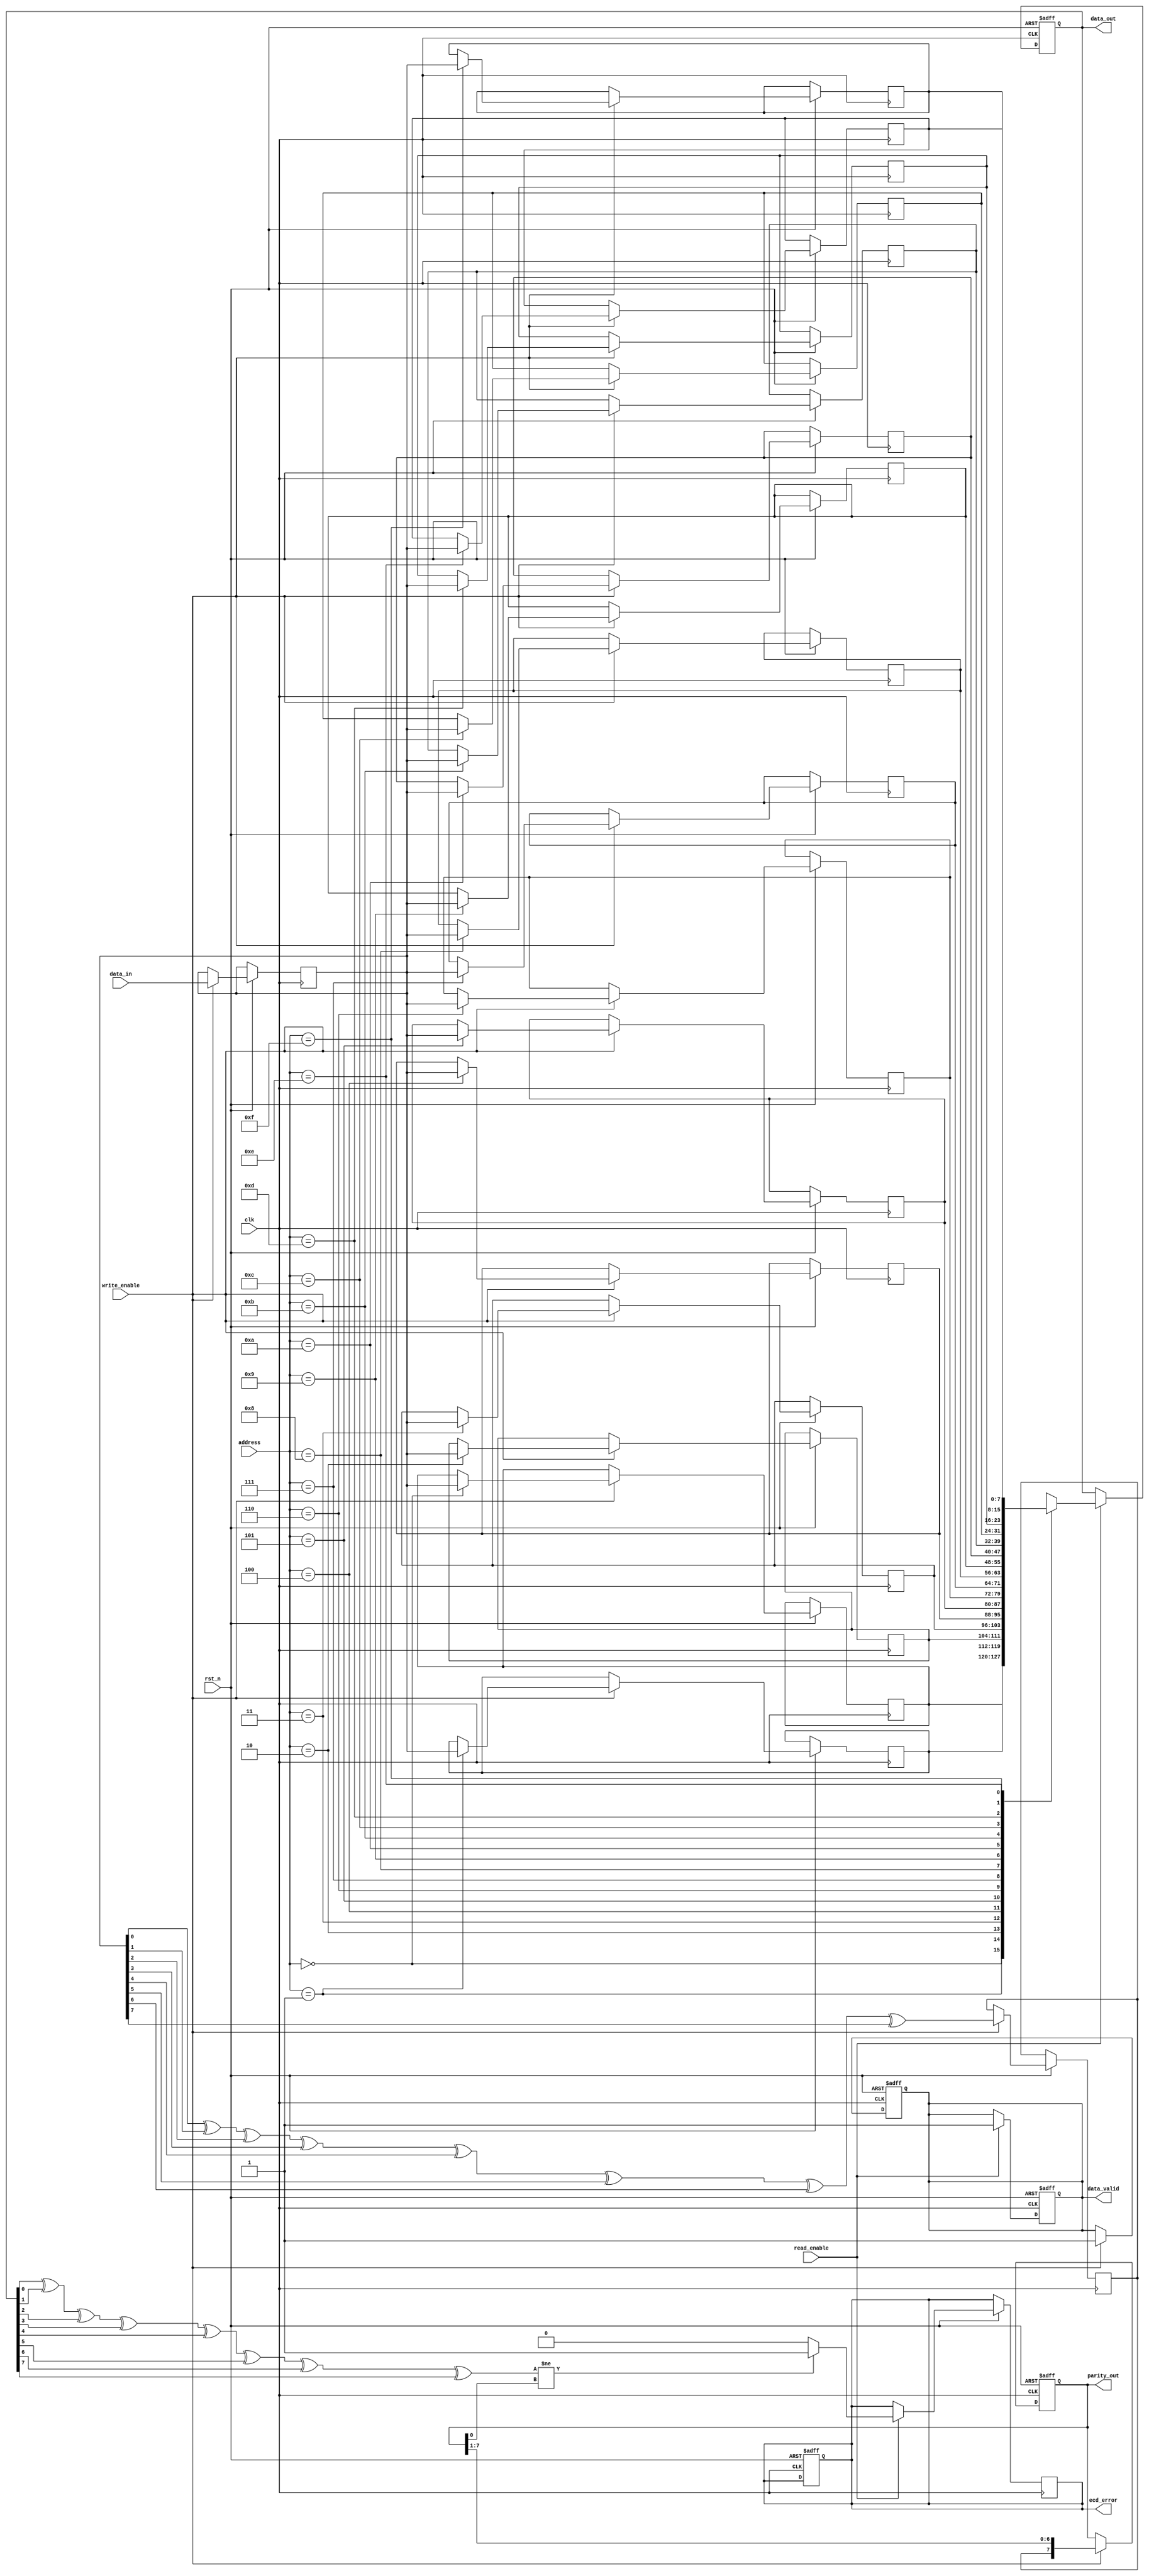
module FeRAM_IO_Block (
    input wire clk,                  // Clock signal
    input wire rst_n,                // Active low reset
    input wire write_enable,         // Write enable signal
    input wire read_enable,          // Read enable signal
    input wire [7:0] data_in,        // Data input
    input wire [3:0] address,        // Address input
    output reg [7:0] data_out,       // Data output
    output reg data_valid,           // Data valid signal
    output reg [7:0] parity_out,     // Parity output
    output reg ecd_error             // Error detection signal
);

    // Internal signals
    reg [7:0] memory [0:15];          // Memory array (16 x 8 bits)
    reg [7:0] data_latch;             // Data latch for write operation
    reg [3:0] address_decoded;        // Decoded address
    reg parity_bit;                   // Parity bit for error detection

    // Parity calculation
    function [7:0] calculate_parity;
        input [7:0] data;
        integer i;
        begin
            calculate_parity = 0;
            for (i = 0; i < 8; i = i + 1) begin
                calculate_parity = calculate_parity ^ data[i];
            end
        end
    endfunction

    // Address decoder
    always @(*) begin
        address_decoded = address; // Simple direct mapping for this example
    end

    // Write operation
    always @(posedge clk or negedge rst_n) begin
        if (!rst_n) begin
            data_valid <= 0;
            parity_out <= 0;
            ecd_error <= 0;
        end else if (write_enable) begin
            data_latch <= data_in; // Latch the input data
            memory[address_decoded] <= data_latch; // Write to memory
            parity_bit <= calculate_parity(data_latch); // Calculate parity
            parity_out <= {parity_bit, parity_out[7:1]}; // Shift out old parity
            data_valid <= 1; // Data is valid after write
        end
    end

    // Read operation
    always @(posedge clk or negedge rst_n) begin
        if (!rst_n) begin
            data_out <= 0;
            data_valid <= 0;
        end else if (read_enable) begin
            data_out <= memory[address_decoded]; // Read from memory
            data_valid <= 1; // Data is valid after read
            // Check for parity error
            if (calculate_parity(data_out) != parity_out[0]) begin
                ecd_error <= 1; // Set error flag if parity does not match
            end else begin
                ecd_error <= 0; // Clear error flag if parity matches
            end
        end
    end

endmodule